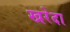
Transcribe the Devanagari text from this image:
खरेदा